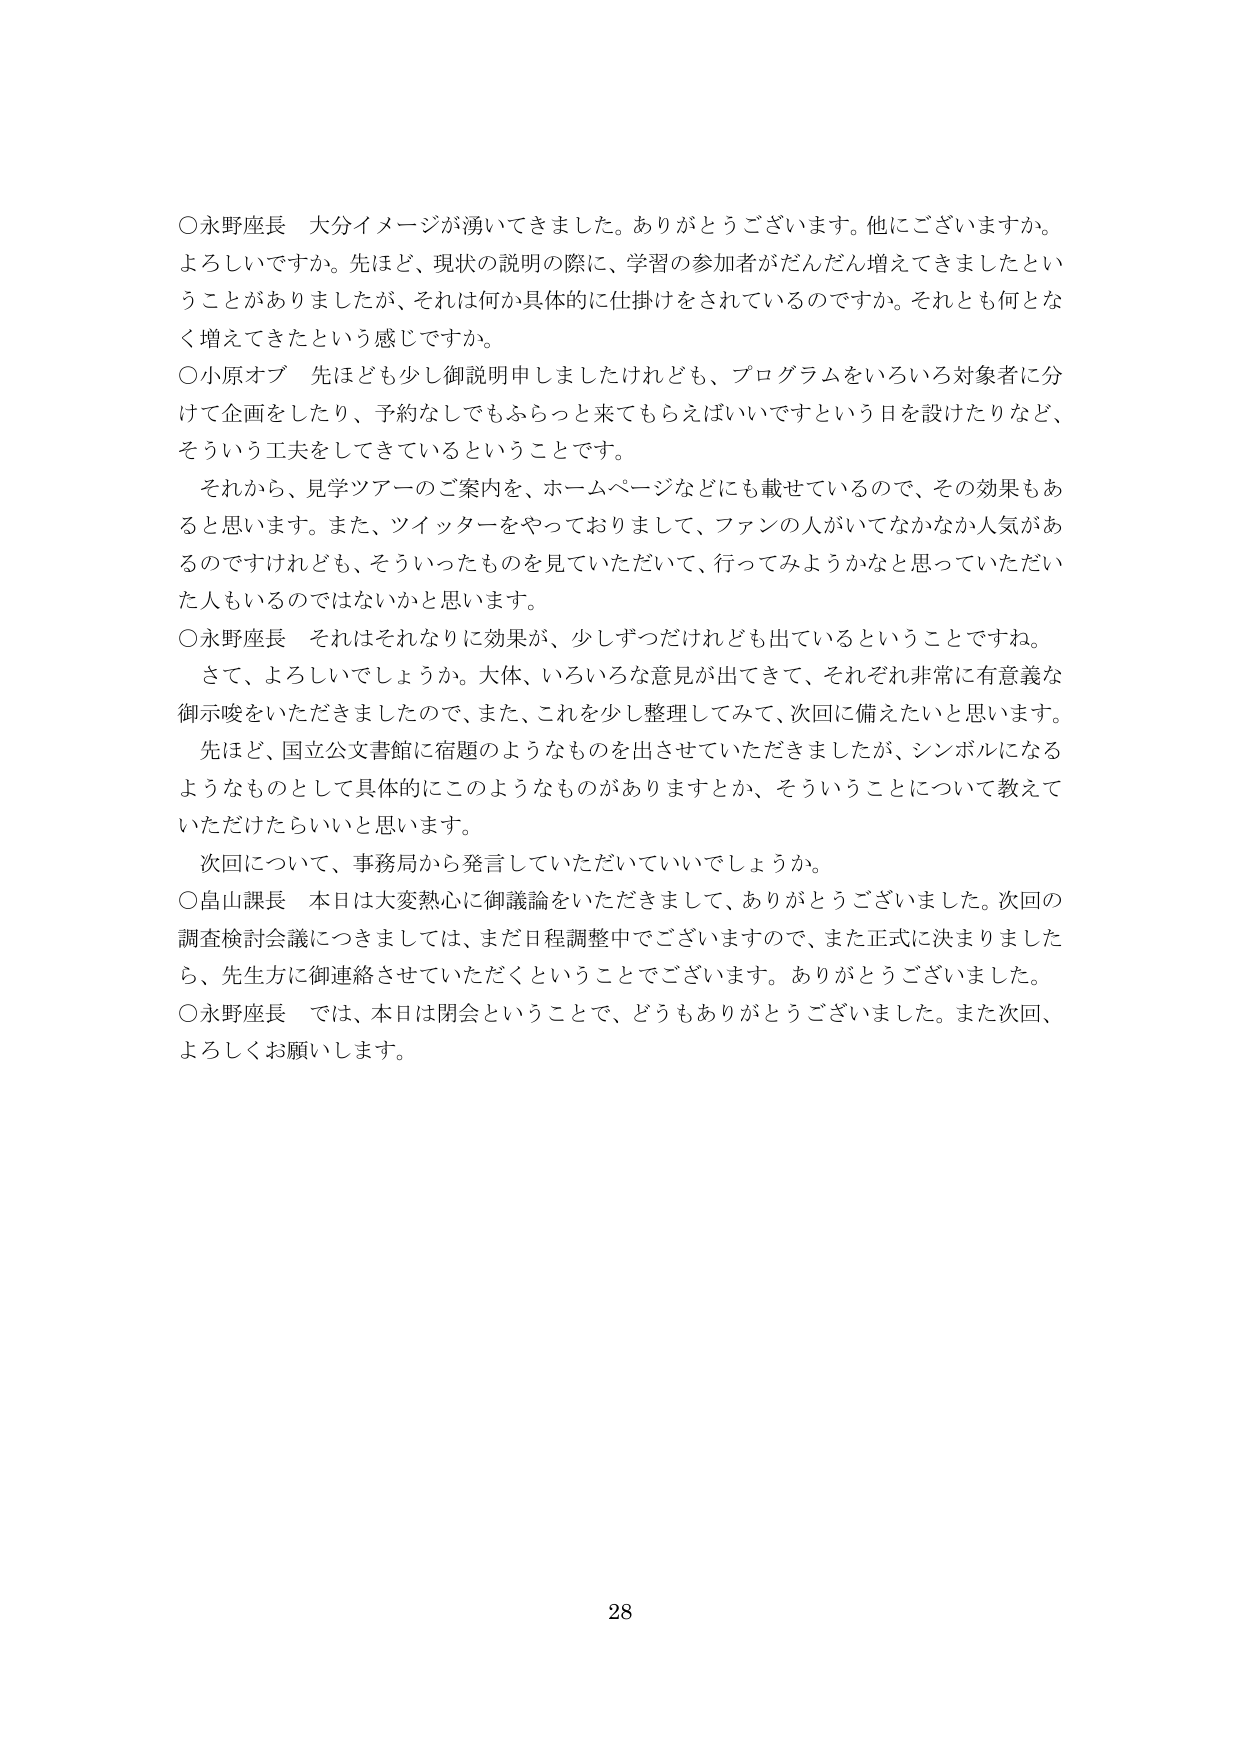
○永野座長　大分イメージが湧いてきました。ありがとうございます。他にございますか。よろしいですか。先ほど、現状の説明の際に、学習の参加者がだんだん増えてきましたということがありましたたが、それは何か具体的に仕掛けをされているのですか。それとも何となく増えてきたという感じですか。

○小原オブ　先ほども少し御説明申しましたけれども、プログラムをいろいろ対象者に分けて企画をしたり、予約なしでもふらっと来てもらえればいいですという日を設けたりなど、そういう工夫をしてきているということです。

　それから、見学ツアーのご案内を、ホームページなどにも載せているので、その効果もあると思います。また、ツイッターをやっておりまして、ファンの人がいてなかなか人気があるのですけれども、そういったものを見ていただいて、行ってみようかなと思っていただいた人もいるのではないかと思います。

○永野座長　それはそれなりに効果が、少しずつだけれども出ているということですね。

　さて、よろしいでしょうか。大体、いろいろな意見が出てきて、それぞれ非常に有意義な御示唆をいただきましたので、また、これを少し整理してみて、次回に備えたいと思います。

　先ほど、国立公文書館に宿題のようなものを出させていただきましたが、シンボルになるようなものとして具体的にこのようなものがありますとか、そういうことについて教えていただけたらいいと思います。

　次回について、事務局から発言していただいていいでしょうか。

○畠山課長　本日は大変熱心に御議論をいただきまして、ありがとうございました。次回の調査検討会議につきましては、まだ日程調整中でございますので、また正式に決まりましたら、先生方に御連絡させていただくということでございます。ありがとうございました。

○永野座長　では、本日は閉会ということで、どうもありがとうございました。また次回、よろしくお願いします。

28